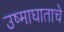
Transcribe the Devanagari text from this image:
उष्माघाताचे